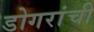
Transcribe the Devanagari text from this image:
डोगरांची